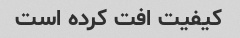
کیفیت افت کرده است